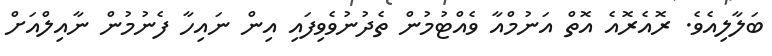
ބަލާލިއެވެ. ރޮއެރޮއެ އޮތް އަނުމްއާ ވެއްޓުމުން ތެދުނުވެވިފައި އިން ނައިހާ ފެނުމުން ނާއިލްއަށް